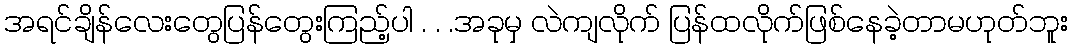
အရင်ချိန်လေးတွေပြန်တွေးကြည့်ပါ . . .အခုမှ လဲကျလိုက် ပြန်ထလိုက်ဖြစ်နေခဲ့တာမဟုတ်ဘူး